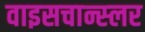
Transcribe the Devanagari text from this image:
वाइसचान्स्लर